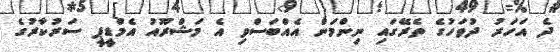
ދެ އަހަރު ދުވަހުގެ ތެރޭގައި ނިންމަން އެއްބަސްވި އެ މަޝްރޫއު އެމްޑީޕީ ސަރުކާރުގެ